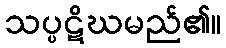
သပ္ပဋိဃမည်၏။